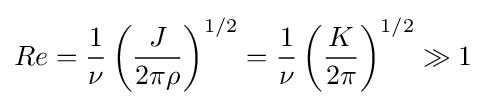
Re={\frac {1}{\nu }}\left({\frac {J}{2\pi \rho }}\right)^{1/2}={\frac {1}{\nu }}\left({\frac {K}{2\pi }}\right)^{1/2}\gg 1